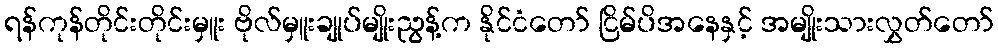
ရန်ကုန်တိုင်းတိုင်းမှူး ဗိုလ်မှူးချုပ်မျိုးညွန့်က နိုင်ငံတော် ငြိမ်ပိအနေနှင့် အမျိုးသားလွှတ်တော်